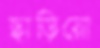
ছাড়িয়ো